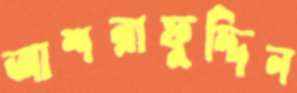
আশরাফুদ্দিন